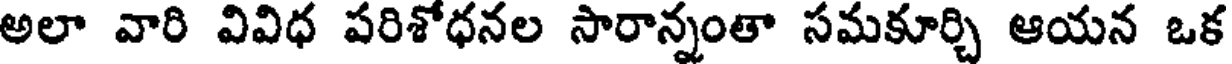
అలా వారి వివిధ పరిశోధనల సారాన్నంతా సమకూర్చి ఆయన ఒక